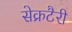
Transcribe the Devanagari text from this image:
सेक्रटैरी